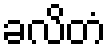
ခလိတံ